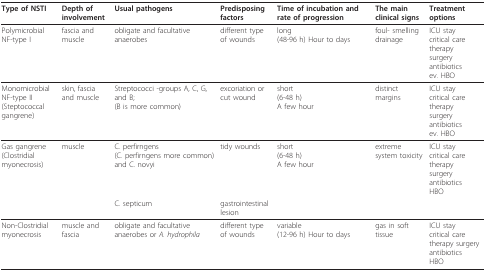
| Type of NSTI | Depth of involvement | Usual pathogens | Predisposing factors | Time of incubation and rate of progression | The main clinical signs | Treatment options |
 | --- | --- | --- | --- | --- | --- | --- |
 | Polymicrobial NF-type I | fascia and muscle | obligate and facultative anaerobes | different type of wounds | long(48-96 h) Hour to days | foul- smelling drainage | ICU staycritical care therapysurgeryantibioticsev. HBO |
 | MonomicrobialNF-type II(Steptococcal gangrene) | skin, fascia and muscle | Streptococci -groups A, C, G, and B;(B is more common) | excoriation or cut wound | short(6-48 h)A few hour | distinct margins | ICU staycritical care therapysurgeryantibioticsev. HBO |
 | Gas gangrene(Clostridial myonecrosis) | muscle | C. perfirngens(C. perfirngens more common) and C. novyi | tidy wounds | short(6-48 h)A few hour | extreme system toxicity | ICU staycritical care therapysurgeryantibioticsHBO |
 |  |  | C. septicum | gastrointestinal lesion |  |  |  |
 | Non-Clostridial myonecrosis | muscle and fascia | obligate and facultative anaerobes or A. hydrophila | different type of wounds | variable(12-96 h) Hour to days | gas in soft tissue | ICU staycritical care therapy surgeryantibioticsHBO |